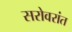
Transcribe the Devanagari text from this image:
सरोवरांत